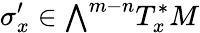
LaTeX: \sigma_{x}^{\prime}\in{\textstyle\bigwedge}^{m-n}T_{x}^{*}M